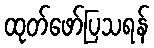
ထုတ်ဖော်ပြသရန်